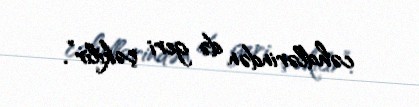
cəhdlərindən də geri çəkilir”.